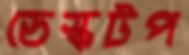
ডেস্কটপ